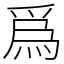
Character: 爲